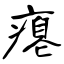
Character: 瘪